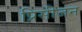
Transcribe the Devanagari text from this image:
प्रिसीजन